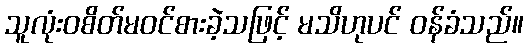
သူလုံးဝစိတ်မဝင်စားခဲ့သဖြင့် မသိဟုပင် ဝန်ခံသည်။